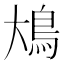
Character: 䲪